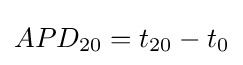
APD_{20}=t_{20}-t_{0}